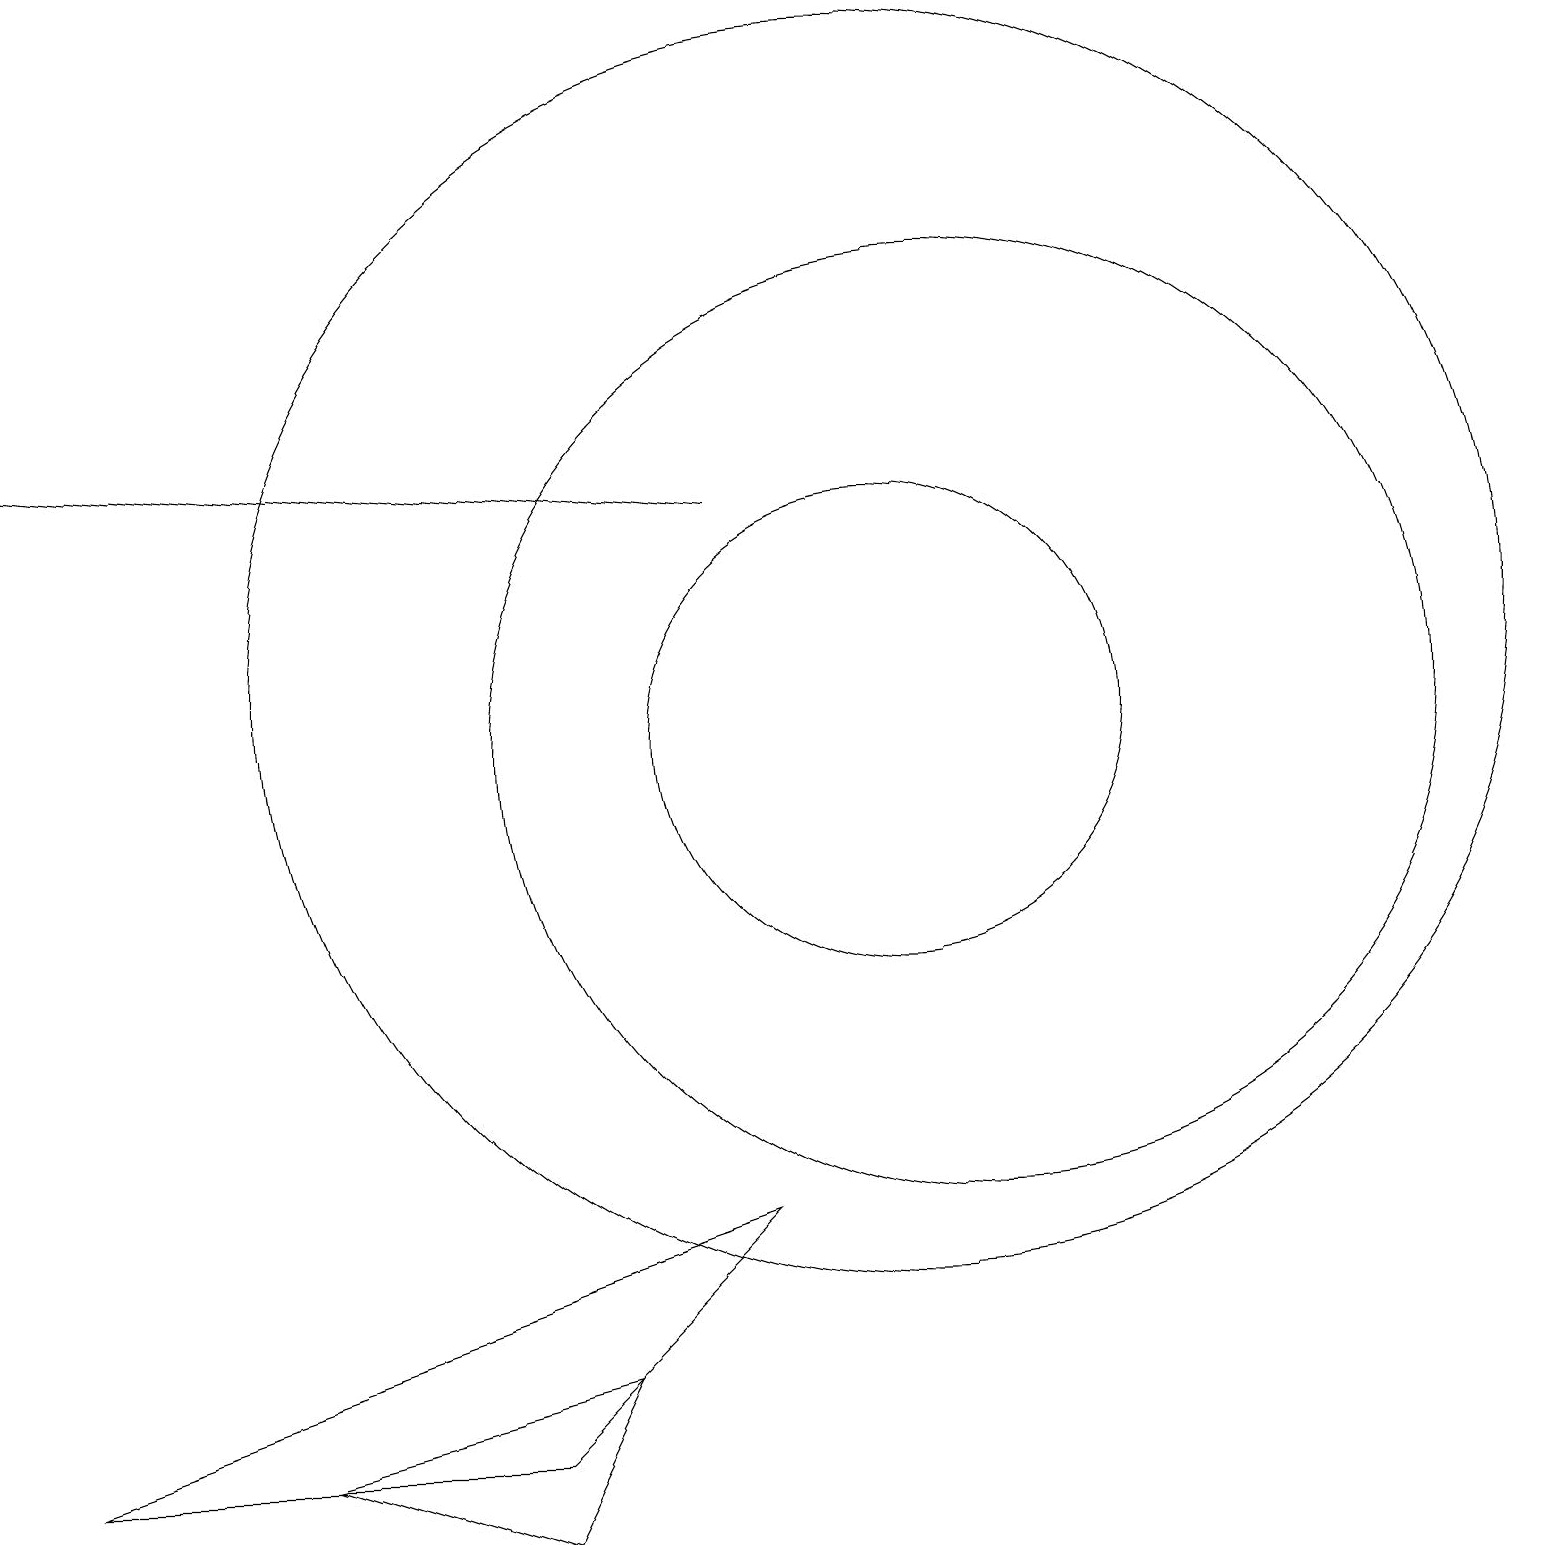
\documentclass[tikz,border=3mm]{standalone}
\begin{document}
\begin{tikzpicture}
\draw (11,10) circle (3);
\draw (0,1) -- (9,4) -- (6,1) -- cycle;
\draw[->] (9,13) -- (0,14);
\draw (11,11) circle (8);
\draw (3,1) -- (6,0) -- (7,2) -- cycle;
\draw (12,10) circle (6);
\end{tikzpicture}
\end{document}